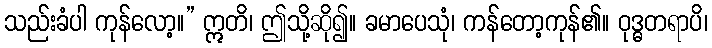
သည်းခံပါ ကုန်လော့။” ဣတိ၊ ဤသို့ဆို၍။ ခမာပေသုံ၊ ကန်တော့ကုန်၏။ ဝုဒ္ဓတရာပိ၊